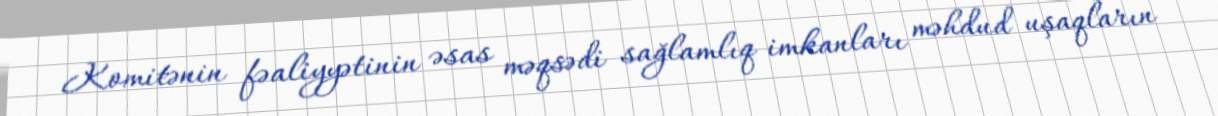
Komitənin fəaliyyətinin əsas məqsədi sağlamlıq imkanları məhdud uşaqların